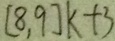
[ 8 , 9 ] k + 3